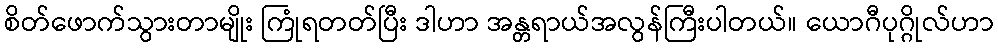
စိတ်ဖောက်သွားတာမျိုး ကြုံရတတ်ပြီး ဒါဟာ အန္တရာယ်အလွန်ကြီးပါတယ်။ ယောဂီပုဂ္ဂိုလ်ဟာ